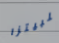
للبيتزا